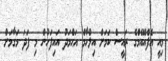
މިއީ އެފްއޭއެމްގެ ރައީސް ކަމަށް އިލްހާމް އަޙްމަދު އައިފަހުން މި ފަދަ މަގާމަށް